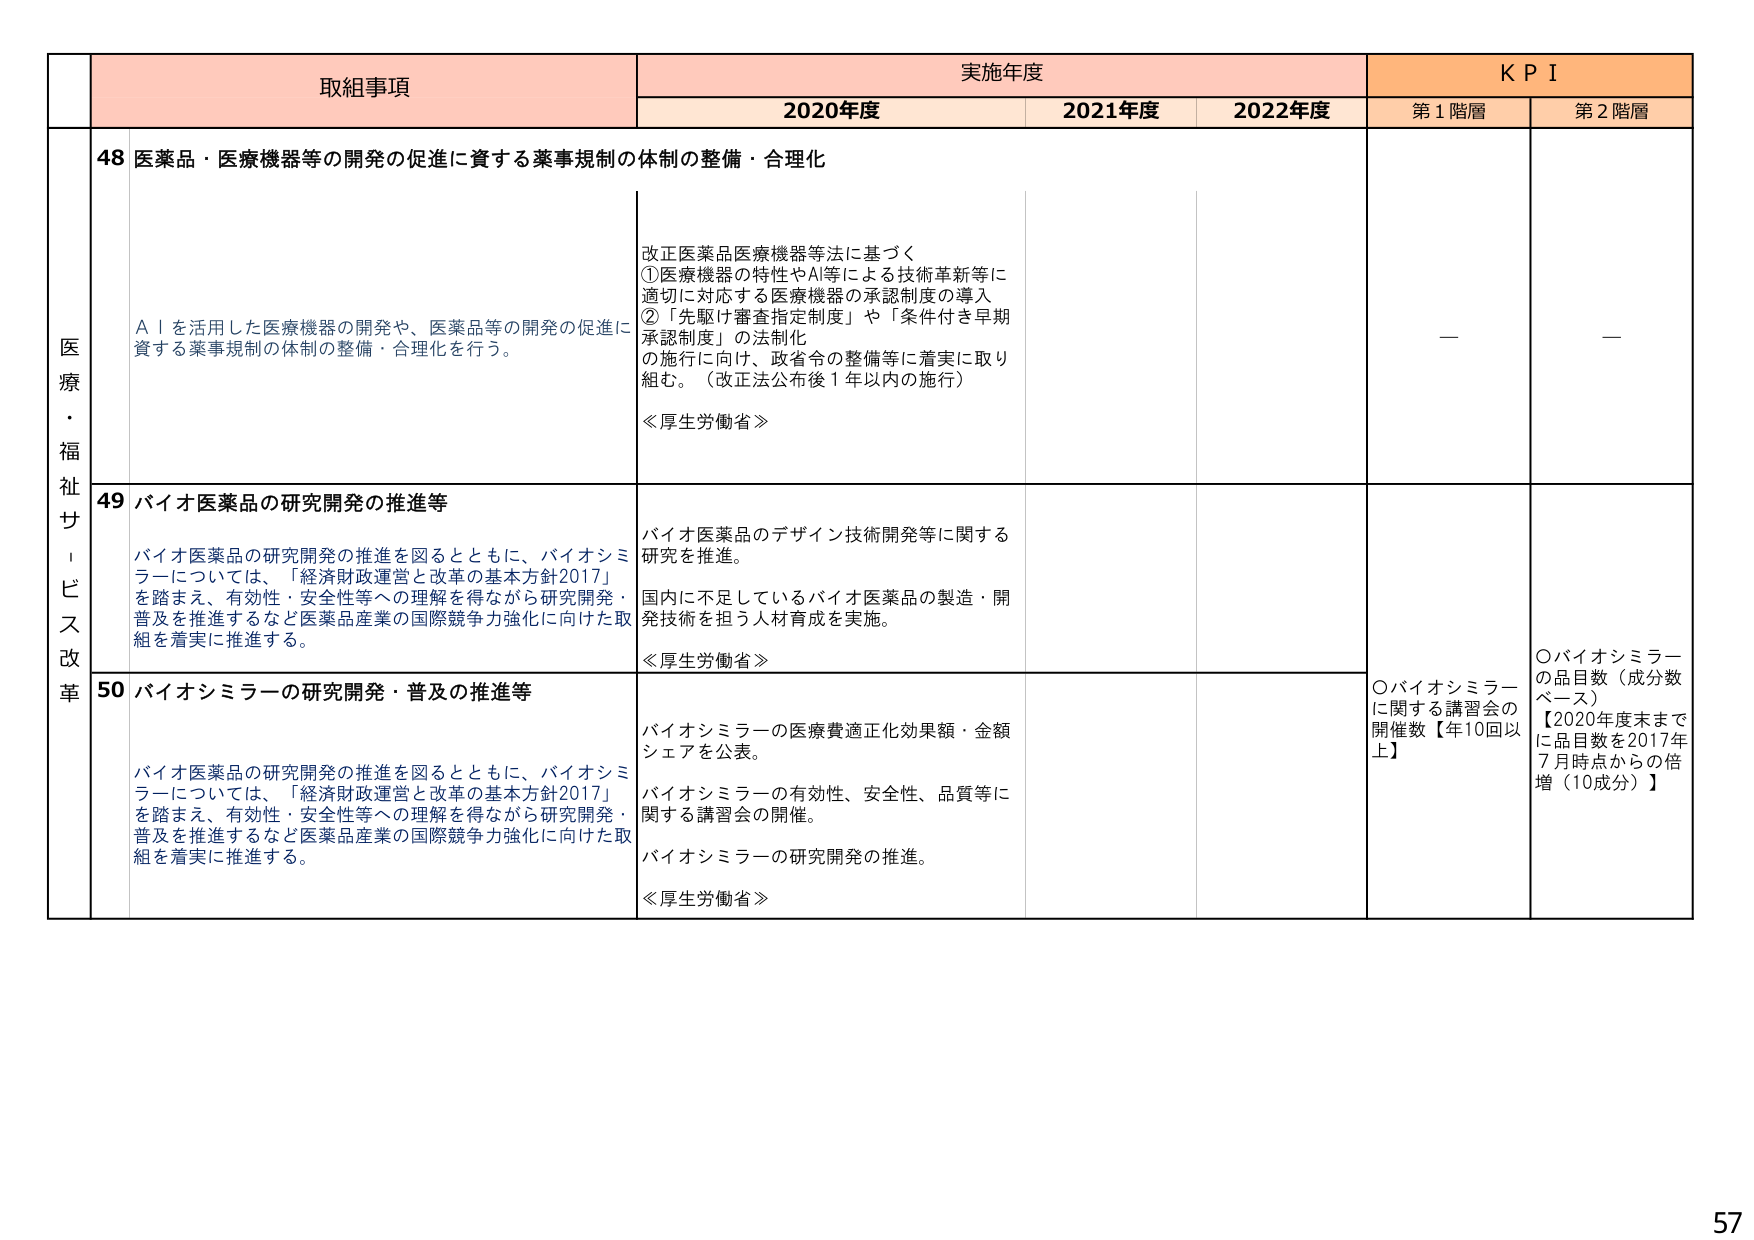
取組事項 実施年度 K P I
2020年度 2021年度 2022年度 第1階層 第2階層

医療・福祉サービス改革
48 医薬品・医療機器等の開発の促進に資する薬事規制の体制の整備・合理化
AＩを活用した医療機器の開発や、医薬品等の開発の促進に資する薬事規制の体制の整備・合理化を行う。
改正医薬品医療機器等法に基づく
①医療機器の特性やAI等による技術革新等に適切に対応する医療機器の承認制度の導入
②「先駆け審査指定制度」や「条件付き早期承認制度」の法制化
の施行に向け、政省令の整備等に着実に取り組む。（改正法公布後1年以内の施行）
≪厚生労働省≫
— —

49 バイオ医薬品の研究開発の推進等
バイオ医薬品の研究開発の推進を図るとともに、バイオシミラーについては、「経済財政運営と改革の基本方針2017」を踏まえ、有効性・安全性等への理解を得ながら研究開発・普及を推進するなど医薬品産業の国際競争力強化に向けた取組を着実に推進する。
バイオ医薬品のデザイン技術開発等に関する研究を推進。
国内に不足しているバイオ医薬品の製造・開発技術を担う人材育成を実施。
≪厚生労働省≫
〇バイオシミラーに関する講習会の開催数【年10回以上】
〇バイオシミラーの品目数（成分数ベース）
【2020年度末までに品目数を2017年7月時点からの倍増（10成分）】

50 バイオシミラーの研究開発・普及の推進等
バイオ医薬品の研究開発の推進を図るとともに、バイオシミラーについては、「経済財政運営と改革の基本方針2017」を踏まえ、有効性・安全性等への理解を得ながら研究開発・普及を推進するなど医薬品産業の国際競争力強化に向けた取組を着実に推進する。
バイオシミラーの医療費適正化効果額・金額シェアを公表。
バイオシミラーの有効性、安全性、品質等に関する講習会の開催。
バイオシミラーの研究開発の推進。
≪厚生労働省≫

57